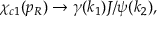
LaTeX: \chi _ { c 1 } ( p _ { R } ) \to \gamma ( k _ { 1 } ) J / \psi ( k _ { 2 } ) ,